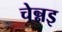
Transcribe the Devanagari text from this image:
चेन्नइ